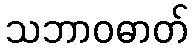
သဘာဝဓာတ်